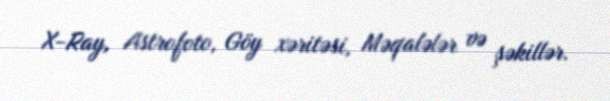
X-Ray, Astrofoto, Göy xəritəsi, Məqalələr və şəkillər.